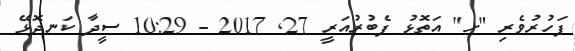
ފަހުރުވެރި "ށ" އަތޮޅު ފެބުރުއަރީ 27